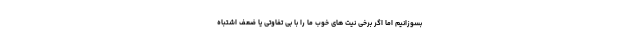
بسوزانیم اما اگر برخی نیت های خوب ما را با بی تفاوتی یا ضعف اشتباه